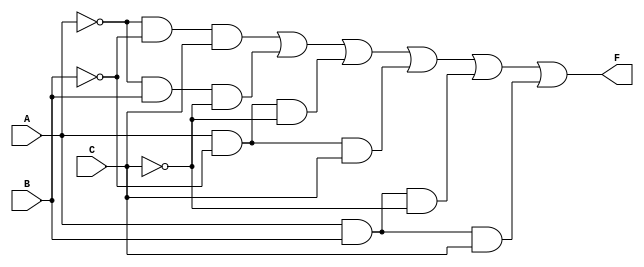
module three_variable_kmap (
    input wire A,  // Input variable A
    input wire B,  // Input variable B
    input wire C,  // Input variable C
    output wire F  // Output F
);

// The output F is derived from the K-map
// F = A'B'C + A'BC' + AB'C' + AB'C + ABC' + ABC
assign F = (~A & ~B & C) |  // Cell 1: A'B'C
           (~A & B & ~C) |  // Cell 2: A'BC'
           (A & ~B & ~C) |  // Cell 4: AB'C'
           (A & ~B & C) |   // Cell 5: AB'C
           (A & B & ~C) |   // Cell 6: ABC'
           (A & B & C);     // Cell 7: ABC

endmodule